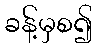
ခန့်မှစ၍